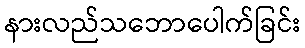
နားလည်သဘောပေါက်ခြင်း